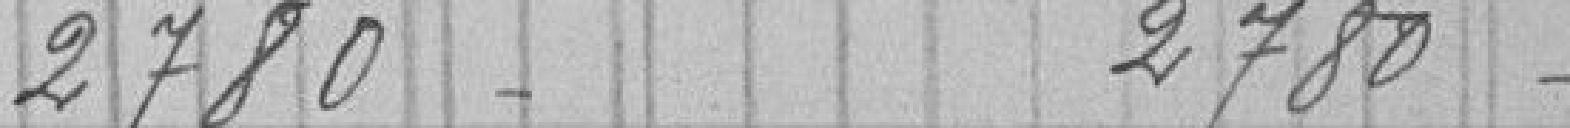
2780 2780